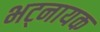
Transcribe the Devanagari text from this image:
भट्नायक